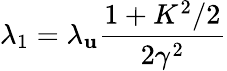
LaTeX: \lambda_{1}=\lambda_{\mathbf{u}}\frac{{1+K^{2}/2}}{{2\gamma^{2}}}